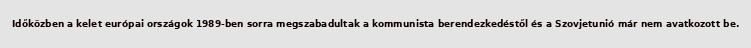
Időközben a kelet európai országok 1989-ben sorra megszabadultak a kommunista berendezkedéstől és a Szovjetunió már nem avatkozott be.